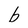
Character: b